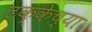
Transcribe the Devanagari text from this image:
टक्केच्या